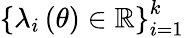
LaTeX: \left\{ \lambda_{i}\left(\theta\right)\in\mathbb{R}\right\} _{i=1}^{k}